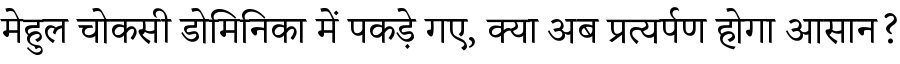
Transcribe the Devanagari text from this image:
मेहुल चोकसी डोमिनिका में पकड़े गए, क्या अब प्रत्यर्पण होगा आसान?